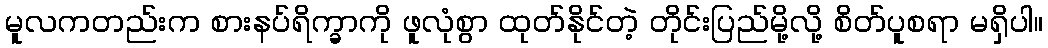
မူလကတည်းက စားနပ်ရိက္ခာကို ဖူလုံစွာ ထုတ်နိုင်တဲ့ တိုင်းပြည်မို့လို့ စိတ်ပူစရာ မရှိပါ။